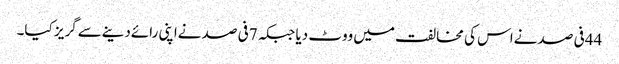
44فی صد نےاس کی مخالفت میں ووٹ دیا جبکہ 7فی صد نےاپنی رائےدینےسےگریز کیا۔